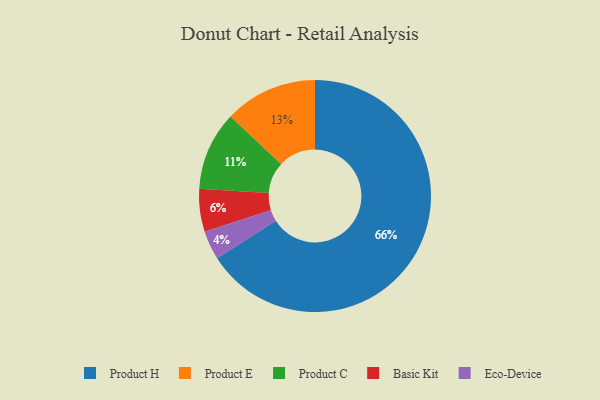
{"axis": {"x": "Category", "y": "Percentage"}, "legend": ["Basic Kit", "Eco-Device", "Product C", "Product E", "Product H"], "data": [{"x": "Basic Kit", "y": 6, "type": "Basic Kit"}, {"x": "Product H", "y": 66, "type": "Product H"}, {"x": "Product C", "y": 11, "type": "Product C"}, {"x": "Product E", "y": 13, "type": "Product E"}, {"x": "Eco-Device", "y": 4, "type": "Eco-Device"}]}